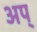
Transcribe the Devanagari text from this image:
अप्‌